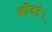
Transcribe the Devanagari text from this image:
भाँजते।